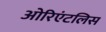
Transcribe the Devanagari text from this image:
ओरिएंटलिस